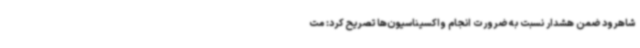
شاهرود ضمن هشدار نسبت به ضرورت انجام واکسیناسیون‌ها تصریح کرد: مت